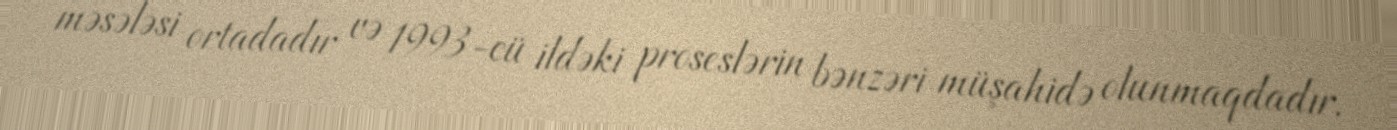
məsələsi ortadadır və 1993-cü ildəki proseslərin bənzəri müşahidə olunmaqdadır.